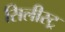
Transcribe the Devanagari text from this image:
सिलीस्ट्र